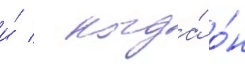
и́ / когда́ о́н